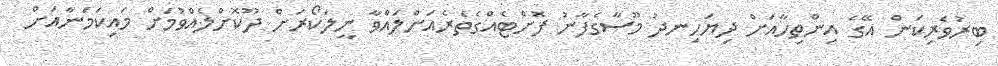
ބިރުވެރިކަން އޭގެ އިންތިހާއަށް ދިޔަހިނދު މޫސާގެފާނު ފޮށްޓެއްގެތެރެއަށްލައްވާ ނީލަކޯރަށް ދޫކޮށްލެއްވުމަށް މައިކަމަނާއަށް